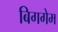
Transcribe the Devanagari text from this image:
बिगगेम